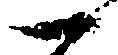
一